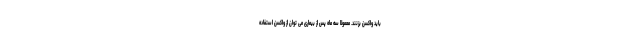
باید واکسن بزنند. معمولا سه ماه پس از بیماری می توان از واکسن استفاده